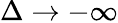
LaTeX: \Delta\rightarrow-\infty